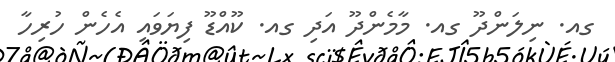
ގއ. ނިލަންދޫ ގއ. މާމެންދޫ އަދި ގއ. ކޫއްޑޫ ފިޔަވައި އެހެން ހުރިހާ